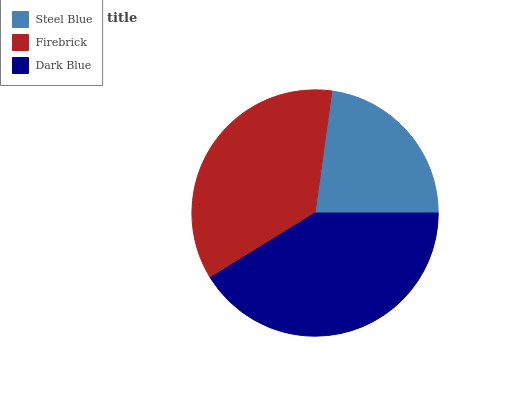
| Steel Blue | Firebrick | Dark Blue |
 | --- | --- | --- |
 | 22.8% | 36% | 41.2% |